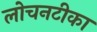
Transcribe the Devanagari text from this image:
लोचनटीका